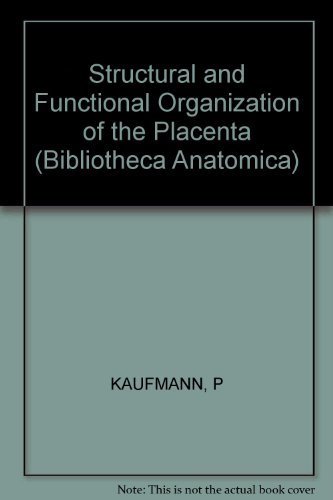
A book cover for Structural and Functional Organization of the Placenta: International Symposium, Hamburg, September 1981 (Bibliotheca Anatomica, No. 22); Medical Books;